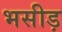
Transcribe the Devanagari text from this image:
भसीड़